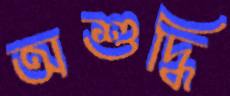
অশুদ্ধি